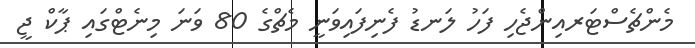
މެންޗެސްޓަރއިންޖެހި ފަހު ލަނޑު ފެނިފައިވަނީ މެޗްގެ 80 ވަނަ މިނެޓްގައި ޕާކް ޖީ